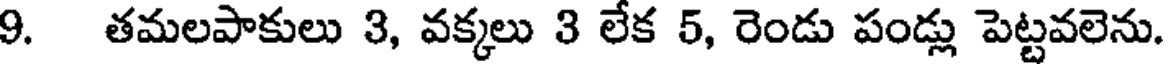
9. తమలపాకులు 3, వక్కలు 3 లేక 5, రెండు పండ్లు పెట్టవలెను.